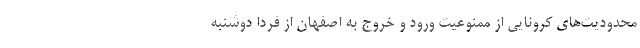
محدودیت‌های کرونایی از ممنوعیت ورود و خروج به اصفهان از فردا دوشنبه